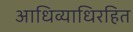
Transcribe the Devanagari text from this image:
आधिव्याधिरहित